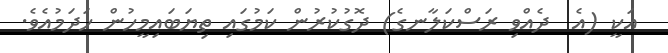
އަކީ (އެ  ދެއްވި ރަސްކަލާނގެ) ދޮގުކުރުން ކަމުގައި ތިޔަބައިމީހުން ހަދަމުއެވެ.